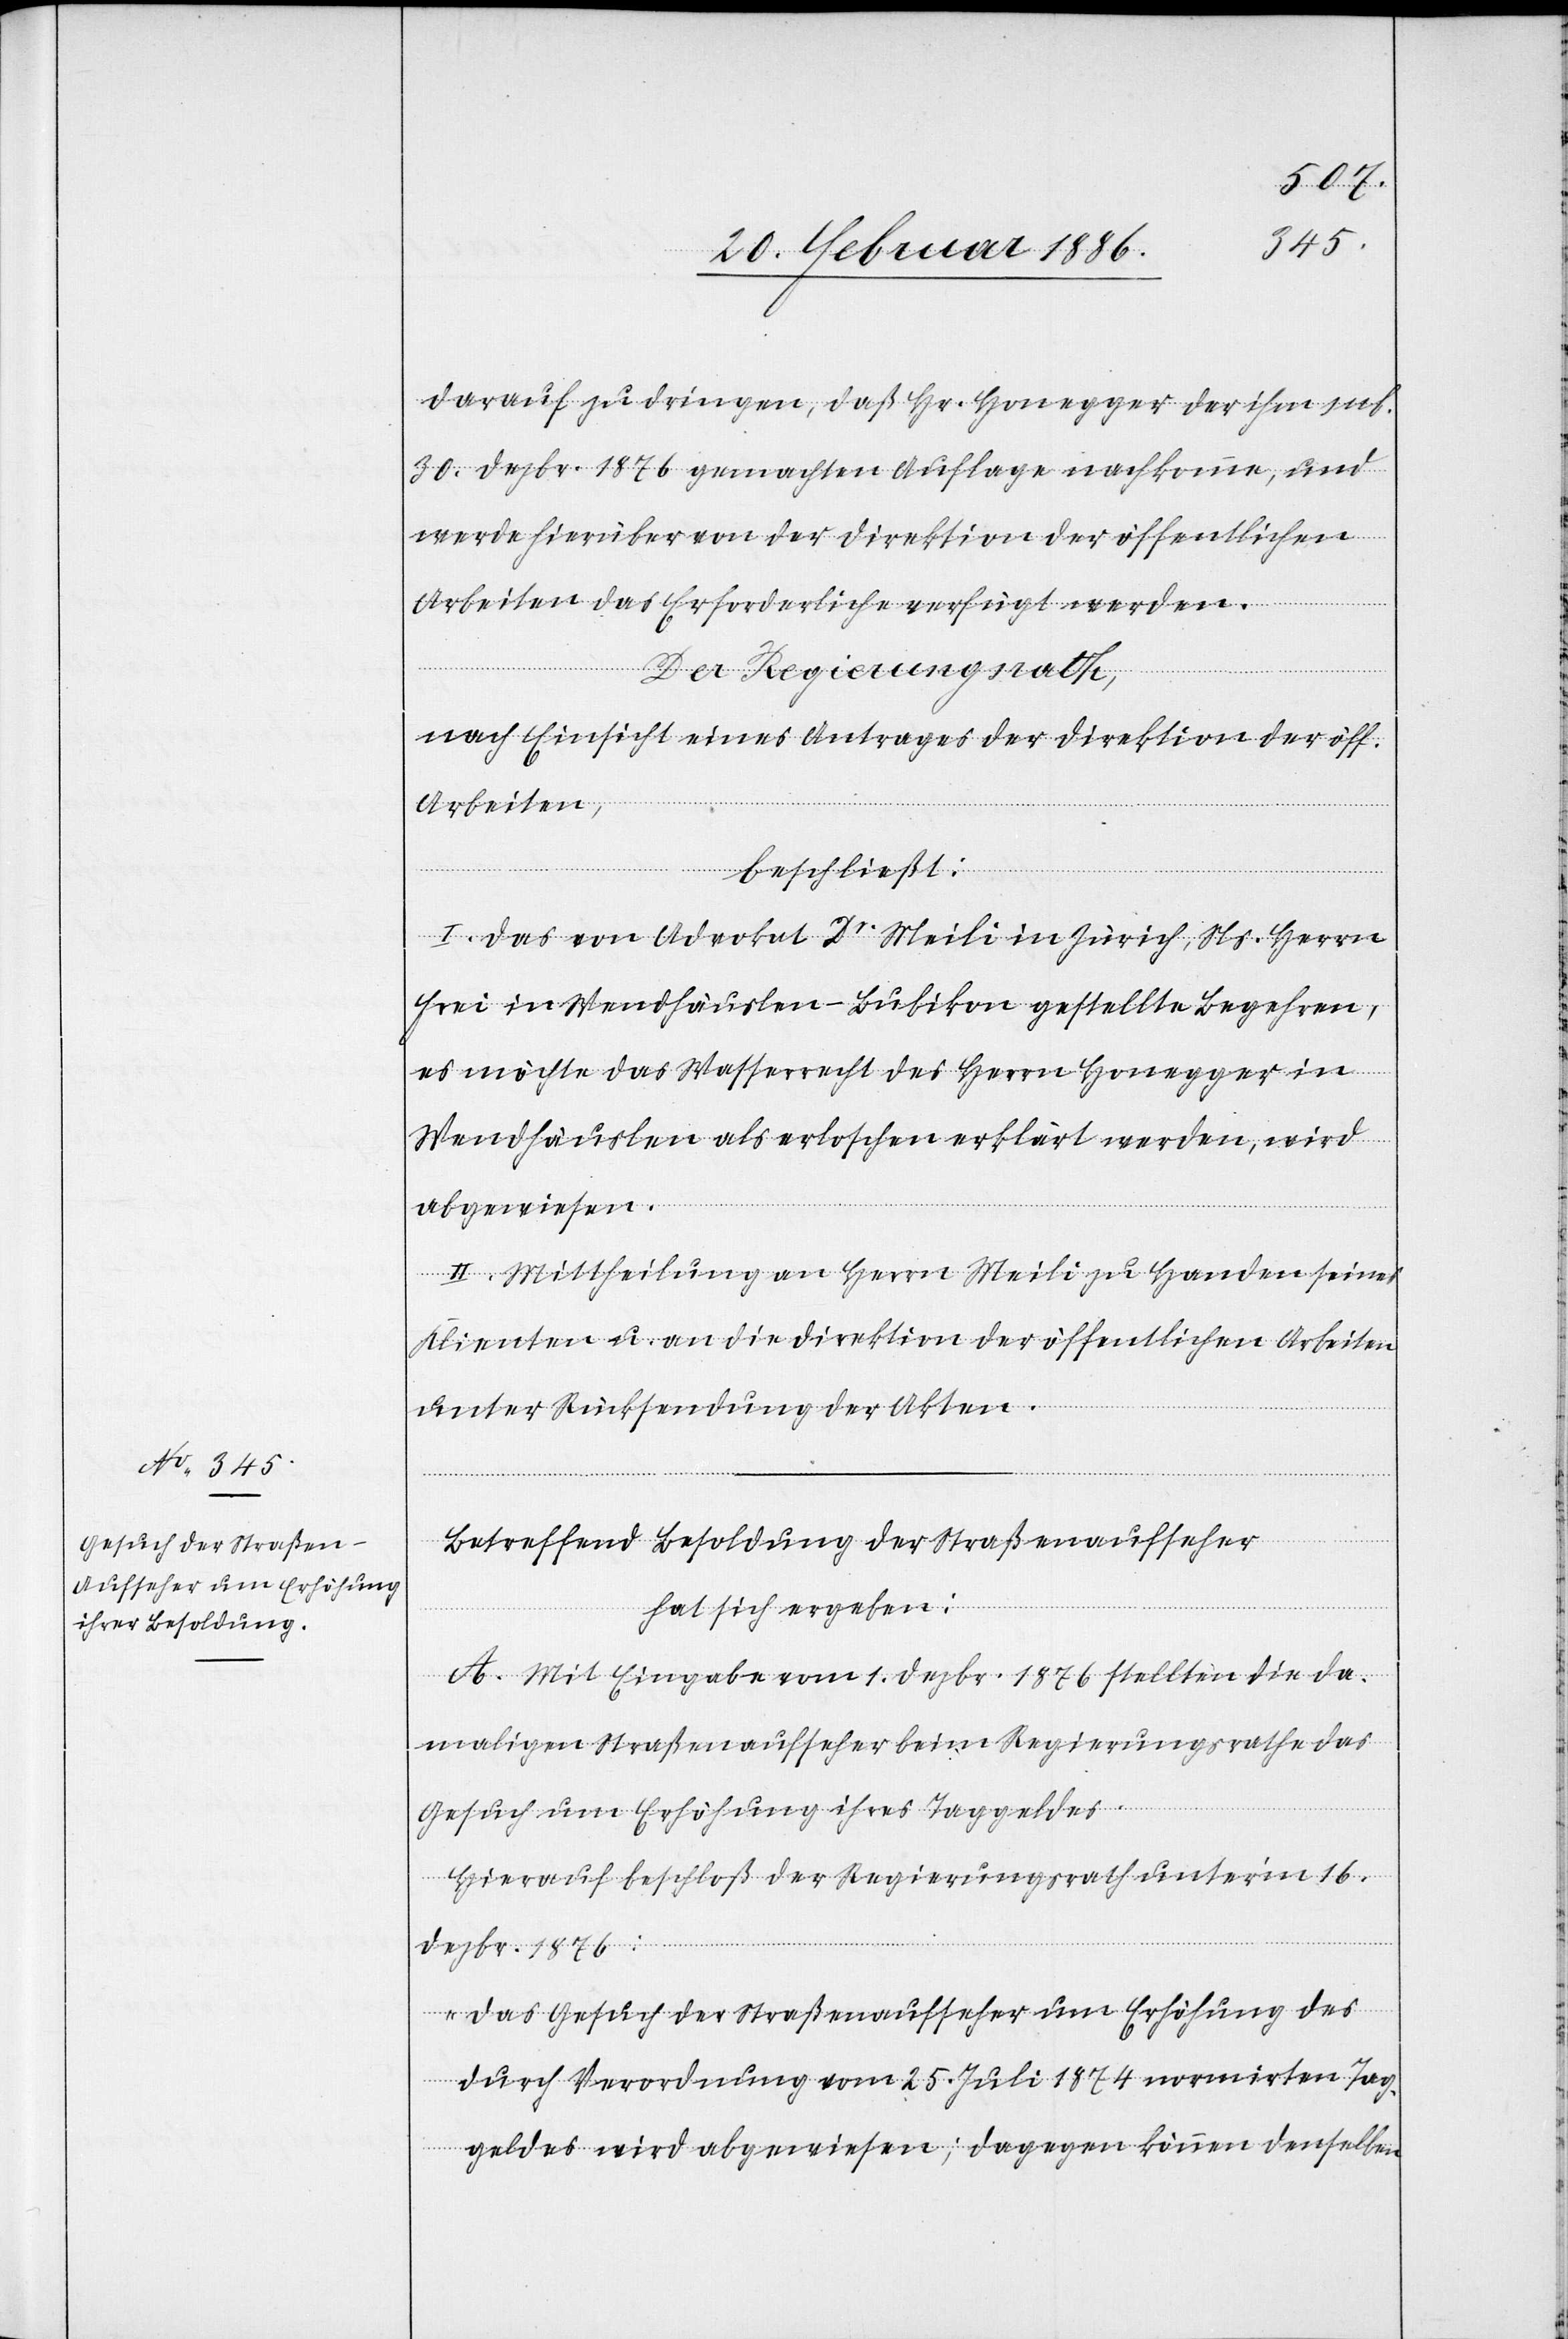
darauf zu dringen, daß Hr. Honegger der ihm zum.
30. Dezbr. 1876 gemachten Auflage nachkomme, und
werde hierüber von der Direktion der öffentlichen
Arbeiten das Erforderliche verfügt werden.
Der Regierungsrath,
nach Einsicht eines Antrages der Direktion der öff.
Arbeiten,
beschließt:
I. Das von Advokat Dr. Meili in Zürich, Ns. Herrn
Frei in Wendhäuslen - Bubikon gestellten begehren,
es möchte das Wasserrecht des Herrn Honegger in
Wendhäuslen als erloschen erklärt werden, wird
abgewiesen.
II. Mittheilung an Herrn Meili zu Handen seines
Klienten u. an die Direktion der öffentlichen Arbeiten
unter Rücksendung der Akten.
Betreffend Besoldung der Straßenaufseher
hat sich ergeben:
A. Mit Eingabe vom 1. Dezbr. 1876 stellten die da¬
maligen Straßenaufseher beim Regierungsrathe das
Gesuch um Erhöhung ihres Taggeldes.
Hierauf beschloß der Regierungsrath unter’m 16.
Dezbr. 1876:
„Das Gesuch der Straßenaufseher um Erhöhung des
durch Verordnung vom 25. Juli 1874 normierten Tag¬
geldes wird abgewiesen; dagegen können denselben